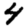
Digit: 4